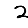
Digit: 2